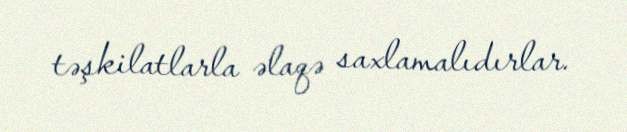
təşkilatlarla əlaqə saxlamalıdırlar.